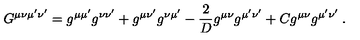
G ^ { \mu \nu \mu ^ { \prime } \nu ^ { \prime } } = g ^ { \mu \mu ^ { \prime } } g ^ { \nu \nu ^ { \prime } } + g ^ { \mu \nu ^ { \prime } } g ^ { \nu \mu ^ { \prime } } - { \frac { 2 } { D } } g ^ { \mu \nu } g ^ { \mu ^ { \prime } \nu ^ { \prime } } + C g ^ { \mu \nu } g ^ { \mu ^ { \prime } \nu ^ { \prime } } \: .